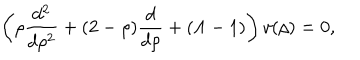
LaTeX: \left( \rho \frac { d ^ { 2 } } { d \rho ^ { 2 } } + ( 2 - \rho ) \frac { d } { d \rho } + ( \Lambda - 1 ) \right) v ( \rho ) = 0 ,